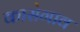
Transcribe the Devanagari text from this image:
कासेगाव